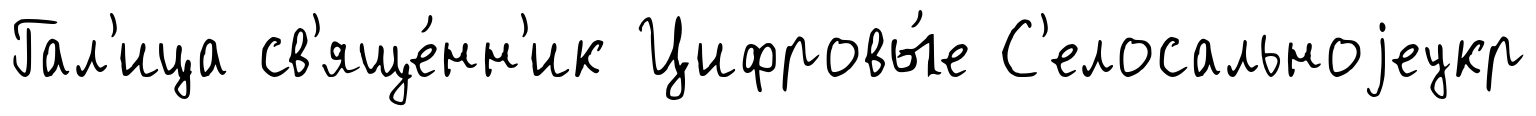
Гал'ица св'яще́нн'ик Цифровы́е С'елосальноjеукр